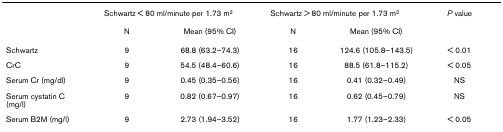
<table><thead><tr><td></td><td colspan="2"><b>Schwartz &lt; 80 ml/minute per 1.73 m<sup>2</sup></b></td><td colspan="2"><b>Schwartz &gt; 80 ml/minute per 1.73 m<sup>2</sup></b></td><td><b><i>P </i>value</b></td></tr><tr><td></td><td><b>N</b></td><td><b>Mean (95% CI)</b></td><td><b>N</b></td><td><b>Mean (95% CI)</b></td><td></td></tr></thead><tbody><tr><td>Schwartz</td><td>9</td><td>68.8 (63.2–74.3)</td><td>16</td><td>124.6 (105.8–143.5)</td><td>&lt; 0.01</td></tr><tr><td>CrC</td><td>9</td><td>54.5 (48.4–60.6)</td><td>16</td><td>88.5 (61.8–115.2)</td><td>&lt; 0.05</td></tr><tr><td>Serum Cr (mg/dl)</td><td>9</td><td>0.45 (0.35–0.56)</td><td>16</td><td>0.41 (0.32–0.49)</td><td>NS</td></tr><tr><td>Serum cystatin C (mg/l)</td><td>9</td><td>0.82 (0.67–0.97)</td><td>16</td><td>0.62 (0.45–0.79)</td><td>NS</td></tr><tr><td>Serum B2M (mg/l)</td><td>9</td><td>2.73 (1.94–3.52)</td><td>16</td><td>1.77 (1.23–2.33)</td><td>&lt; 0.05</td></tr></tbody></table>